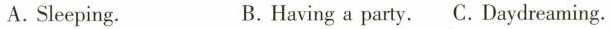
A. Sleeping. B. Having a party. C. Daydreaming.